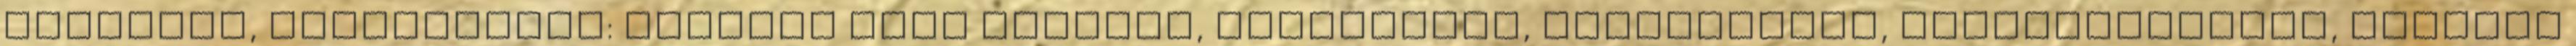
borászat, Cégbemutató: Kedvező árak étterem, rendezvény, vendéglátás, vendéglátóipar, bankett